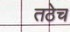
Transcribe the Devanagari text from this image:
तठेच